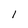
Character: l